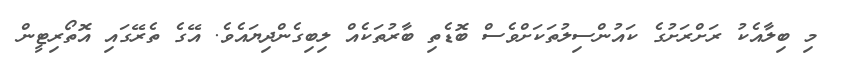
މި ބިލާއެކު ރަށްރަށުގެ ކައުންސިލުތަކަށްވެސް ބޮޑެތި ބާރުތަކެއް ލިބިގެންދިޔައެވެ. އޭގެ ތެރޭގައި އޮތޯރިޓީން